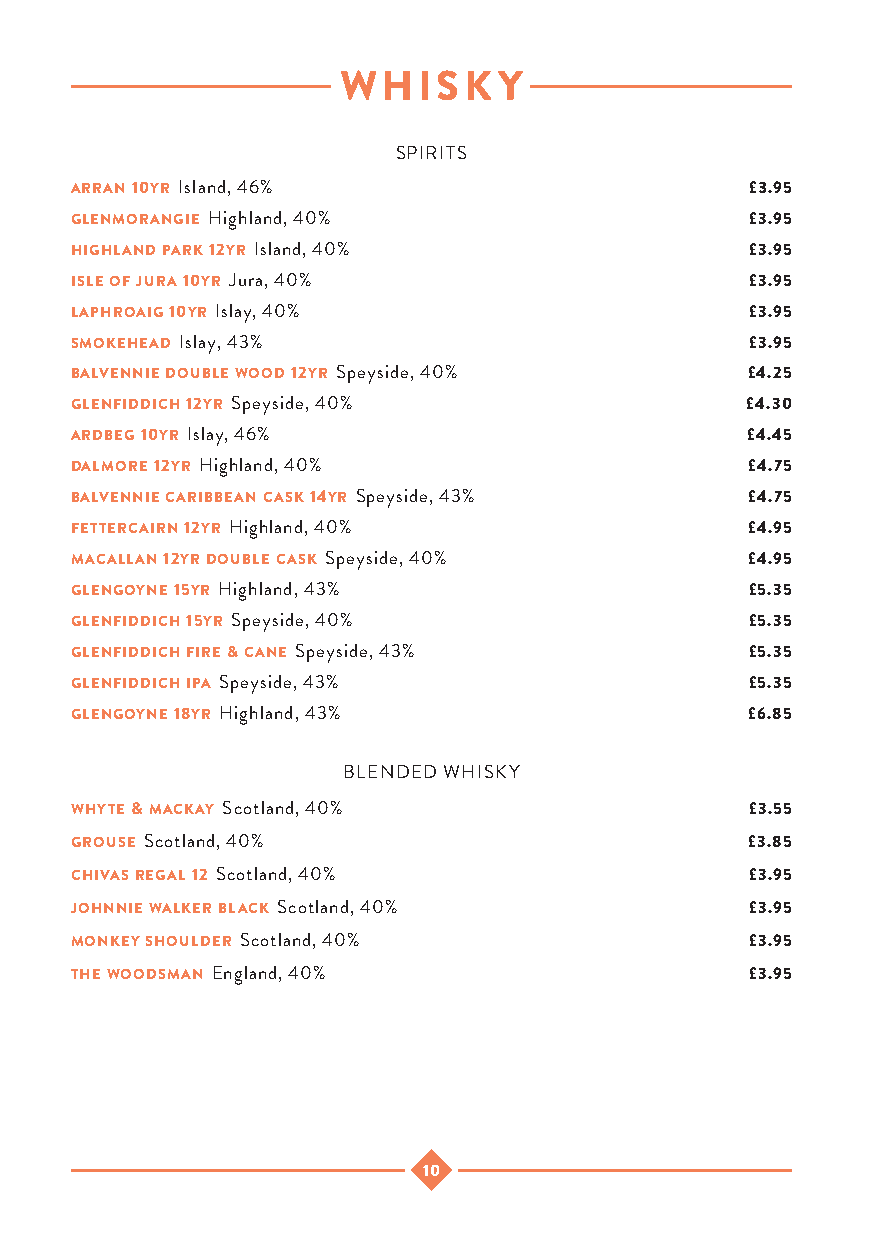
WHISKY
 SPIRITS
 arran 10yr Island, 46%                       £3.95
 glenmorangie Highland, 40%                   £3.95
 highland park 12yr Island, 40%               £3.95
 isle of jura 10yr Jura, 40%                  £3.95
 laphroaig 10yr Islay, 40%                    £3.95
 smokehead Islay, 43%                         £3.95
 balvennie double wood 12yr Speyside, 40%    £4.25
 glenfiddich 12yr Speyside, 40%              £4.30
 ardbeg 10yr Islay, 46%                      £4.45
 dalmore 12yr Highland, 40%                  £4.75
 balvennie caribbean cask 14yr Speyside, 43% £4.75
 fettercairn 12yr Highland, 40%              £4.95
 macallan 12yr double cask Speyside, 40%     £4.95
 glengoyne 15yr Highland, 43%                 £5.35
 glenfiddich 15yr Speyside, 40%               £5.35
 glenfiddich fire & cane Speyside, 43%        £5.35
 glenfiddich ipa Speyside, 43%                £5.35
 glengoyne 18yr Highland, 43%                £6.85
 BLENDED WHISKY
 whyte & mackay Scotland, 40%                 £3.55
 grouse Scotland, 40%                        £3.85
 chivas regal 12 Scotland, 40%                £3.95
 johnnie walker black Scotland, 40%           £3.95
 monkey shoulder Scotland, 40%                £3.95
 the woodsman England, 40%                    £3.95
 10